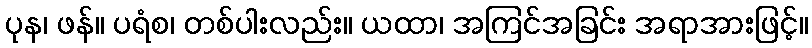
ပုန၊ ဖန်။ ပရံစ၊ တစ်ပါးလည်း။ ယထာ၊ အကြင်အခြင်း အရာအားဖြင့်။